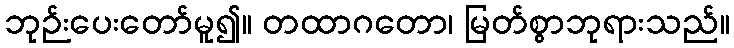
ဘုဉ်းပေးတော်မူ၍။ တထာဂတော၊ မြတ်စွာဘုရားသည်။